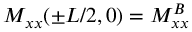
M _ { x x } ( \pm L / 2 , 0 ) = M _ { x x } ^ { B }